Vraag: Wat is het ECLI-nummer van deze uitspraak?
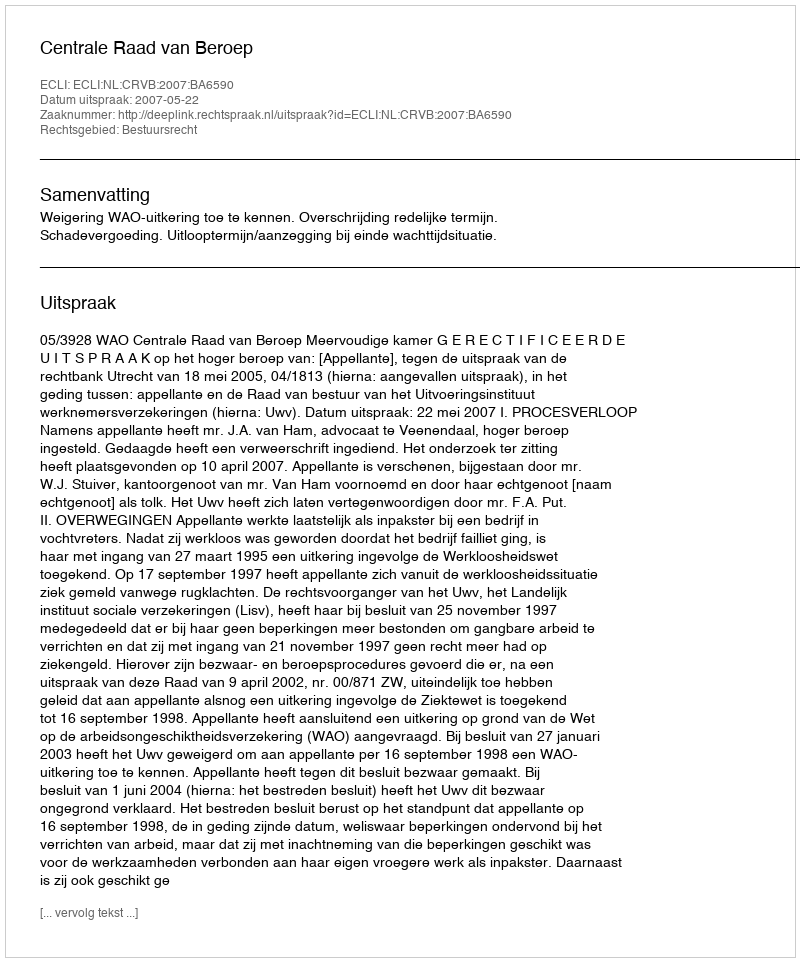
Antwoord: ECLI:NL:CRVB:2007:BA6590